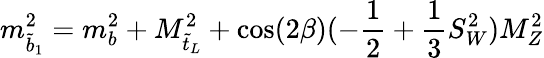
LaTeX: m_{\tilde{b}_{1}}^{2}=m_{b}^{2}+M_{\tilde{t}_{L}}^{2}+\cos(2\beta)(-\frac{1}{2}+\frac{1}{3}S_{W}^{2})M_{Z}^{2}